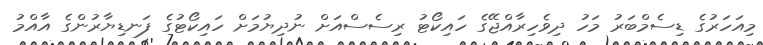
މިއަހަރުގެ ޑިސެމްބަރު މަހު ދިވެހިރާއްޖޭގެ ހައިކޯޓު ރިސެސްއަށް ނުދިޔުމަށް ހައިކޯޓުގެ ފަނޑިޔާރުންގެ އާއްމު